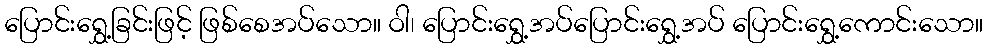
ပြောင်းရွှေ့ခြင်းဖြင့် ဖြစ်စေအပ်သော။ ဝါ၊ ပြောင်းရွှေ့အပ်ပြောင်းရွှေ့အပ် ပြောင်းရွှေ့ကောင်းသော။